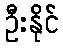
ဦးနိုင်